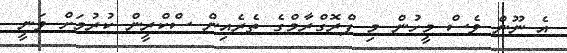
އެ ނޫން ވެސް މީހުން މި ޕްރޮގްރާމްގެ ތެރެއިން ސްކްރީން ކުރުމަށް ވަނީ